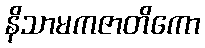
နိသာမကဇာတိကော